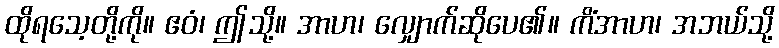
ထိုရသေ့တို့ကို။ ဧဝံ၊ ဤသို့။ အာဟ၊ လျှောက်ဆိုပေ၏။ ကိံအာဟ၊ အဘယ်သို့